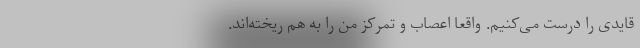
قایدی را درست می‌کنیم. واقعا اعصاب و تمرکز من را به هم ریخته‌اند.